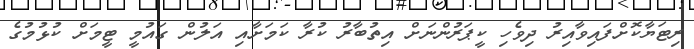
ރިޓަޔާކޮށްފައިވާއިރު ދިވެހި ކީޕަރުންނަށް އިތުބާރު ކުރާ ކަމަށާއި އަލުން ގައުމީ ޓީމަށް ކުޅުމުގެ